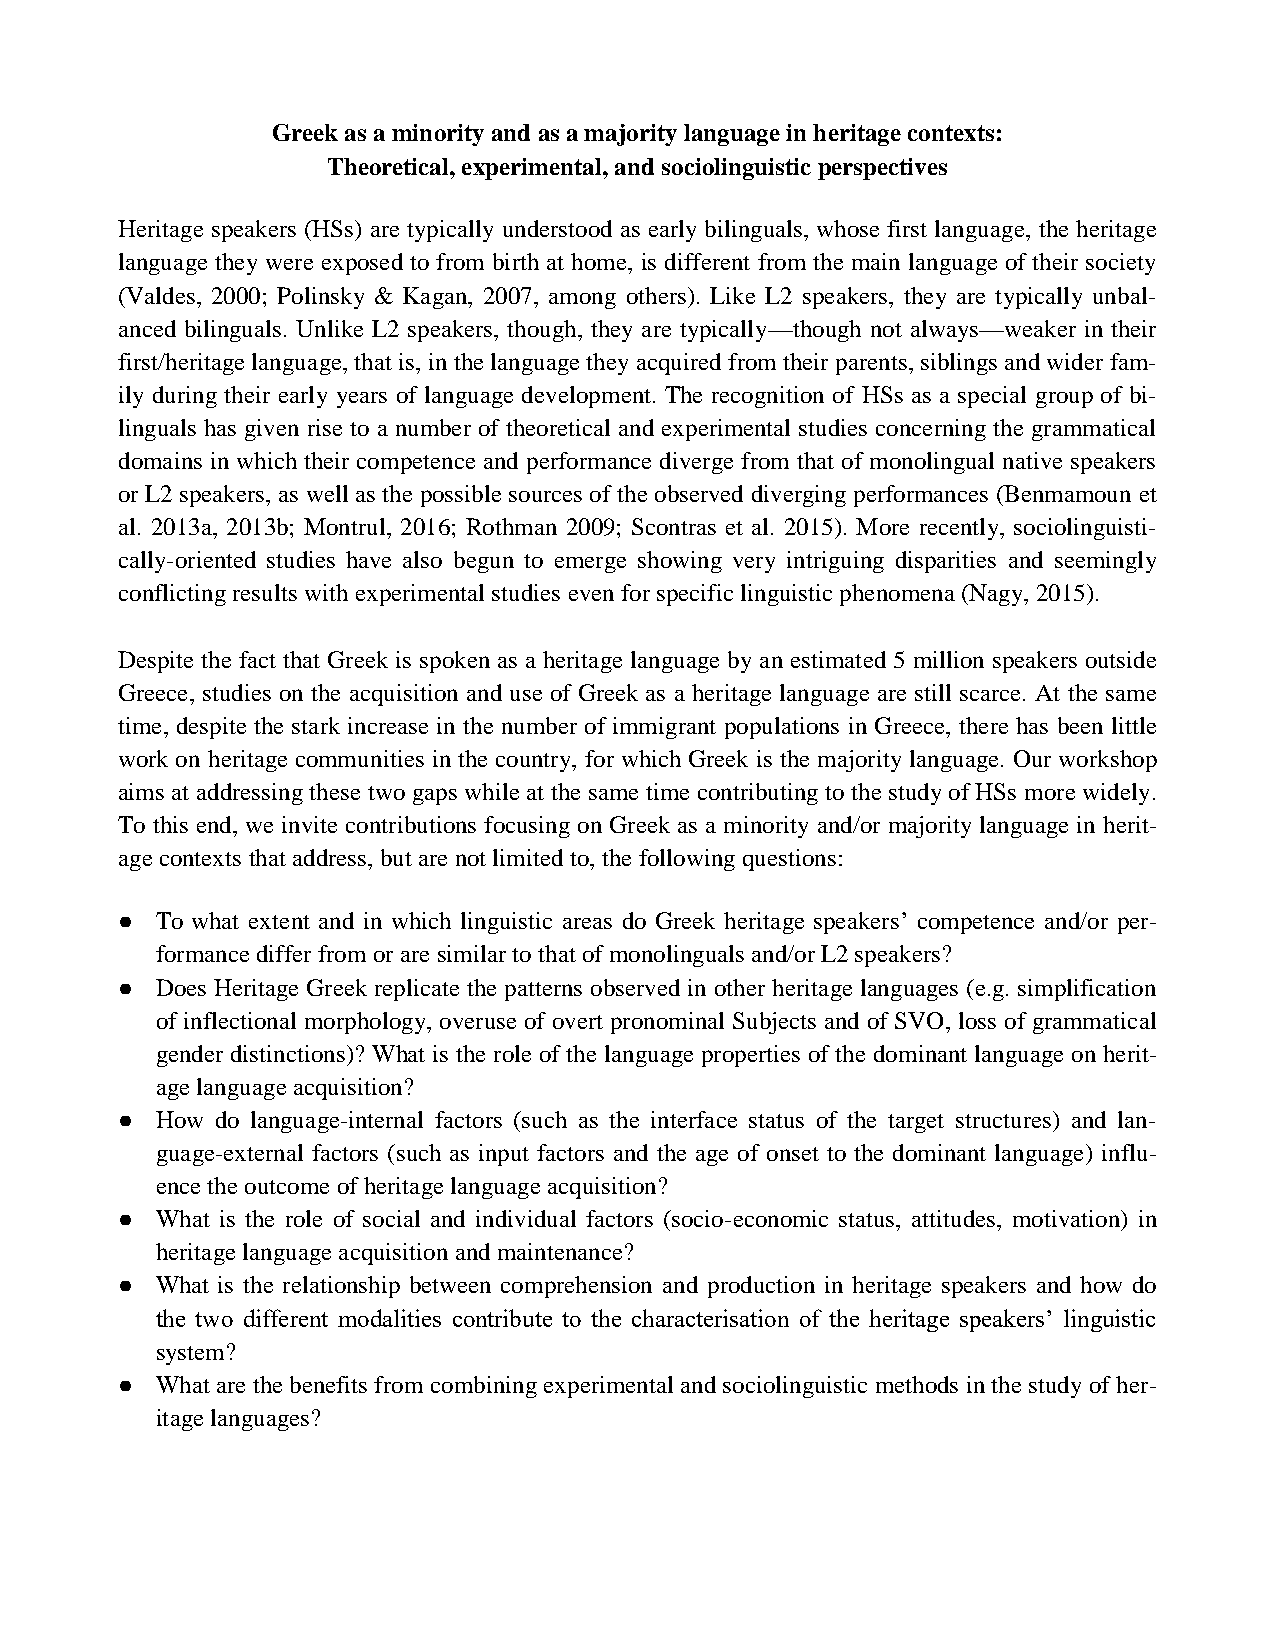
Greek as a minority and as a majority language in heritage contexts:
 Theoretical, experimental, and sociolinguistic perspectives
 Heritage speakers (HSs) are typically understood as early bilinguals, whose first language, the heritage
 language they were exposed to from birth at home, is different from the main language of their society
 (Valdes, 2000; Polinsky & Kagan, 2007, among others). Like L2 speakers, they are typically unbal-
 anced bilinguals. Unlike L2 speakers, though, they are typically—though not always—weaker in their
 first/heritage language, that is, in the language they acquired from their parents, siblings and wider fam-
 ily during their early years of language development. The recognition of HSs as a special group of bi-
 linguals has given rise to a number of theoretical and experimental studies concerning the grammatical
 domains in which their competence and performance diverge from that of monolingual native speakers
 or L2 speakers, as well as the possible sources of the observed diverging performances (Benmamoun et
 al. 2013a, 2013b; Montrul, 2016; Rothman 2009; Scontras et al. 2015). More recently, sociolinguisti-
 cally-oriented studies have also begun to emerge showing very intriguing disparities and seemingly
 conflicting results with experimental studies even for specific linguistic phenomena (Nagy, 2015).
 Despite the fact that Greek is spoken as a heritage language by an estimated 5 million speakers outside
 Greece, studies on the acquisition and use of Greek as a heritage language are still scarce. At the same
 time, despite the stark increase in the number of immigrant populations in Greece, there has been little
 work on heritage communities in the country, for which Greek is the majority language. Our workshop
 aims at addressing these two gaps while at the same time contributing to the study of HSs more widely.
 To this end, we invite contributions focusing on Greek as a minority and/or majority language in herit-
 age contexts that address, but are not limited to, the following questions:
 ● To what extent and in which linguistic areas do Greek heritage speakers’ competence and/or per-
 formance differ from or are similar to that of monolinguals and/or L2 speakers?
 ● Does Heritage Greek replicate the patterns observed in other heritage languages (e.g. simplification
 of inflectional morphology, overuse of overt pronominal Subjects and of SVO, loss of grammatical
 gender distinctions)? What is the role of the language properties of the dominant language on herit-
 age language acquisition?
 ● How do language-internal factors (such as the interface status of the target structures) and lan-
 guage-external factors (such as input factors and the age of onset to the dominant language) influ-
 ence the outcome of heritage language acquisition?
 ● What is the role of social and individual factors (socio-economic status, attitudes, motivation) in
 heritage language acquisition and maintenance?
 ● What is the relationship between comprehension and production in heritage speakers and how do
 the two different modalities contribute to the characterisation of the heritage speakers’ linguistic
 system?
 ● What are the benefits from combining experimental and sociolinguistic methods in the study of her-
 itage languages?